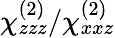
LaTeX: \chi_{zzz}^{(2)}/\chi_{xxz}^{(2)}